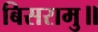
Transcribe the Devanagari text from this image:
बिसरामु॥